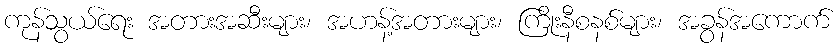
ကုန်သွယ်ရေး အတားအဆီးများ၊ အဟန့်အတားများ၊ ကြိုးနီစနစ်များ၊ အခွန်အကောက်